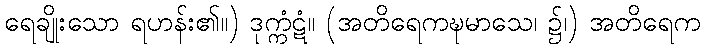
ရေချိုးသော ရဟန်း၏။) ဒုက္ကံဋံ။ (အတိရေကဍ္ဎမာသေ၊ ၌၊) အတိရေက